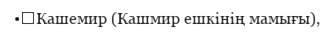
•	Кашемир (Кашмир ешкінің мамығы),